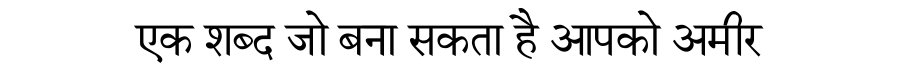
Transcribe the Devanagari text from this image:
एक शब्द जो बना सकता है आपको अमीर